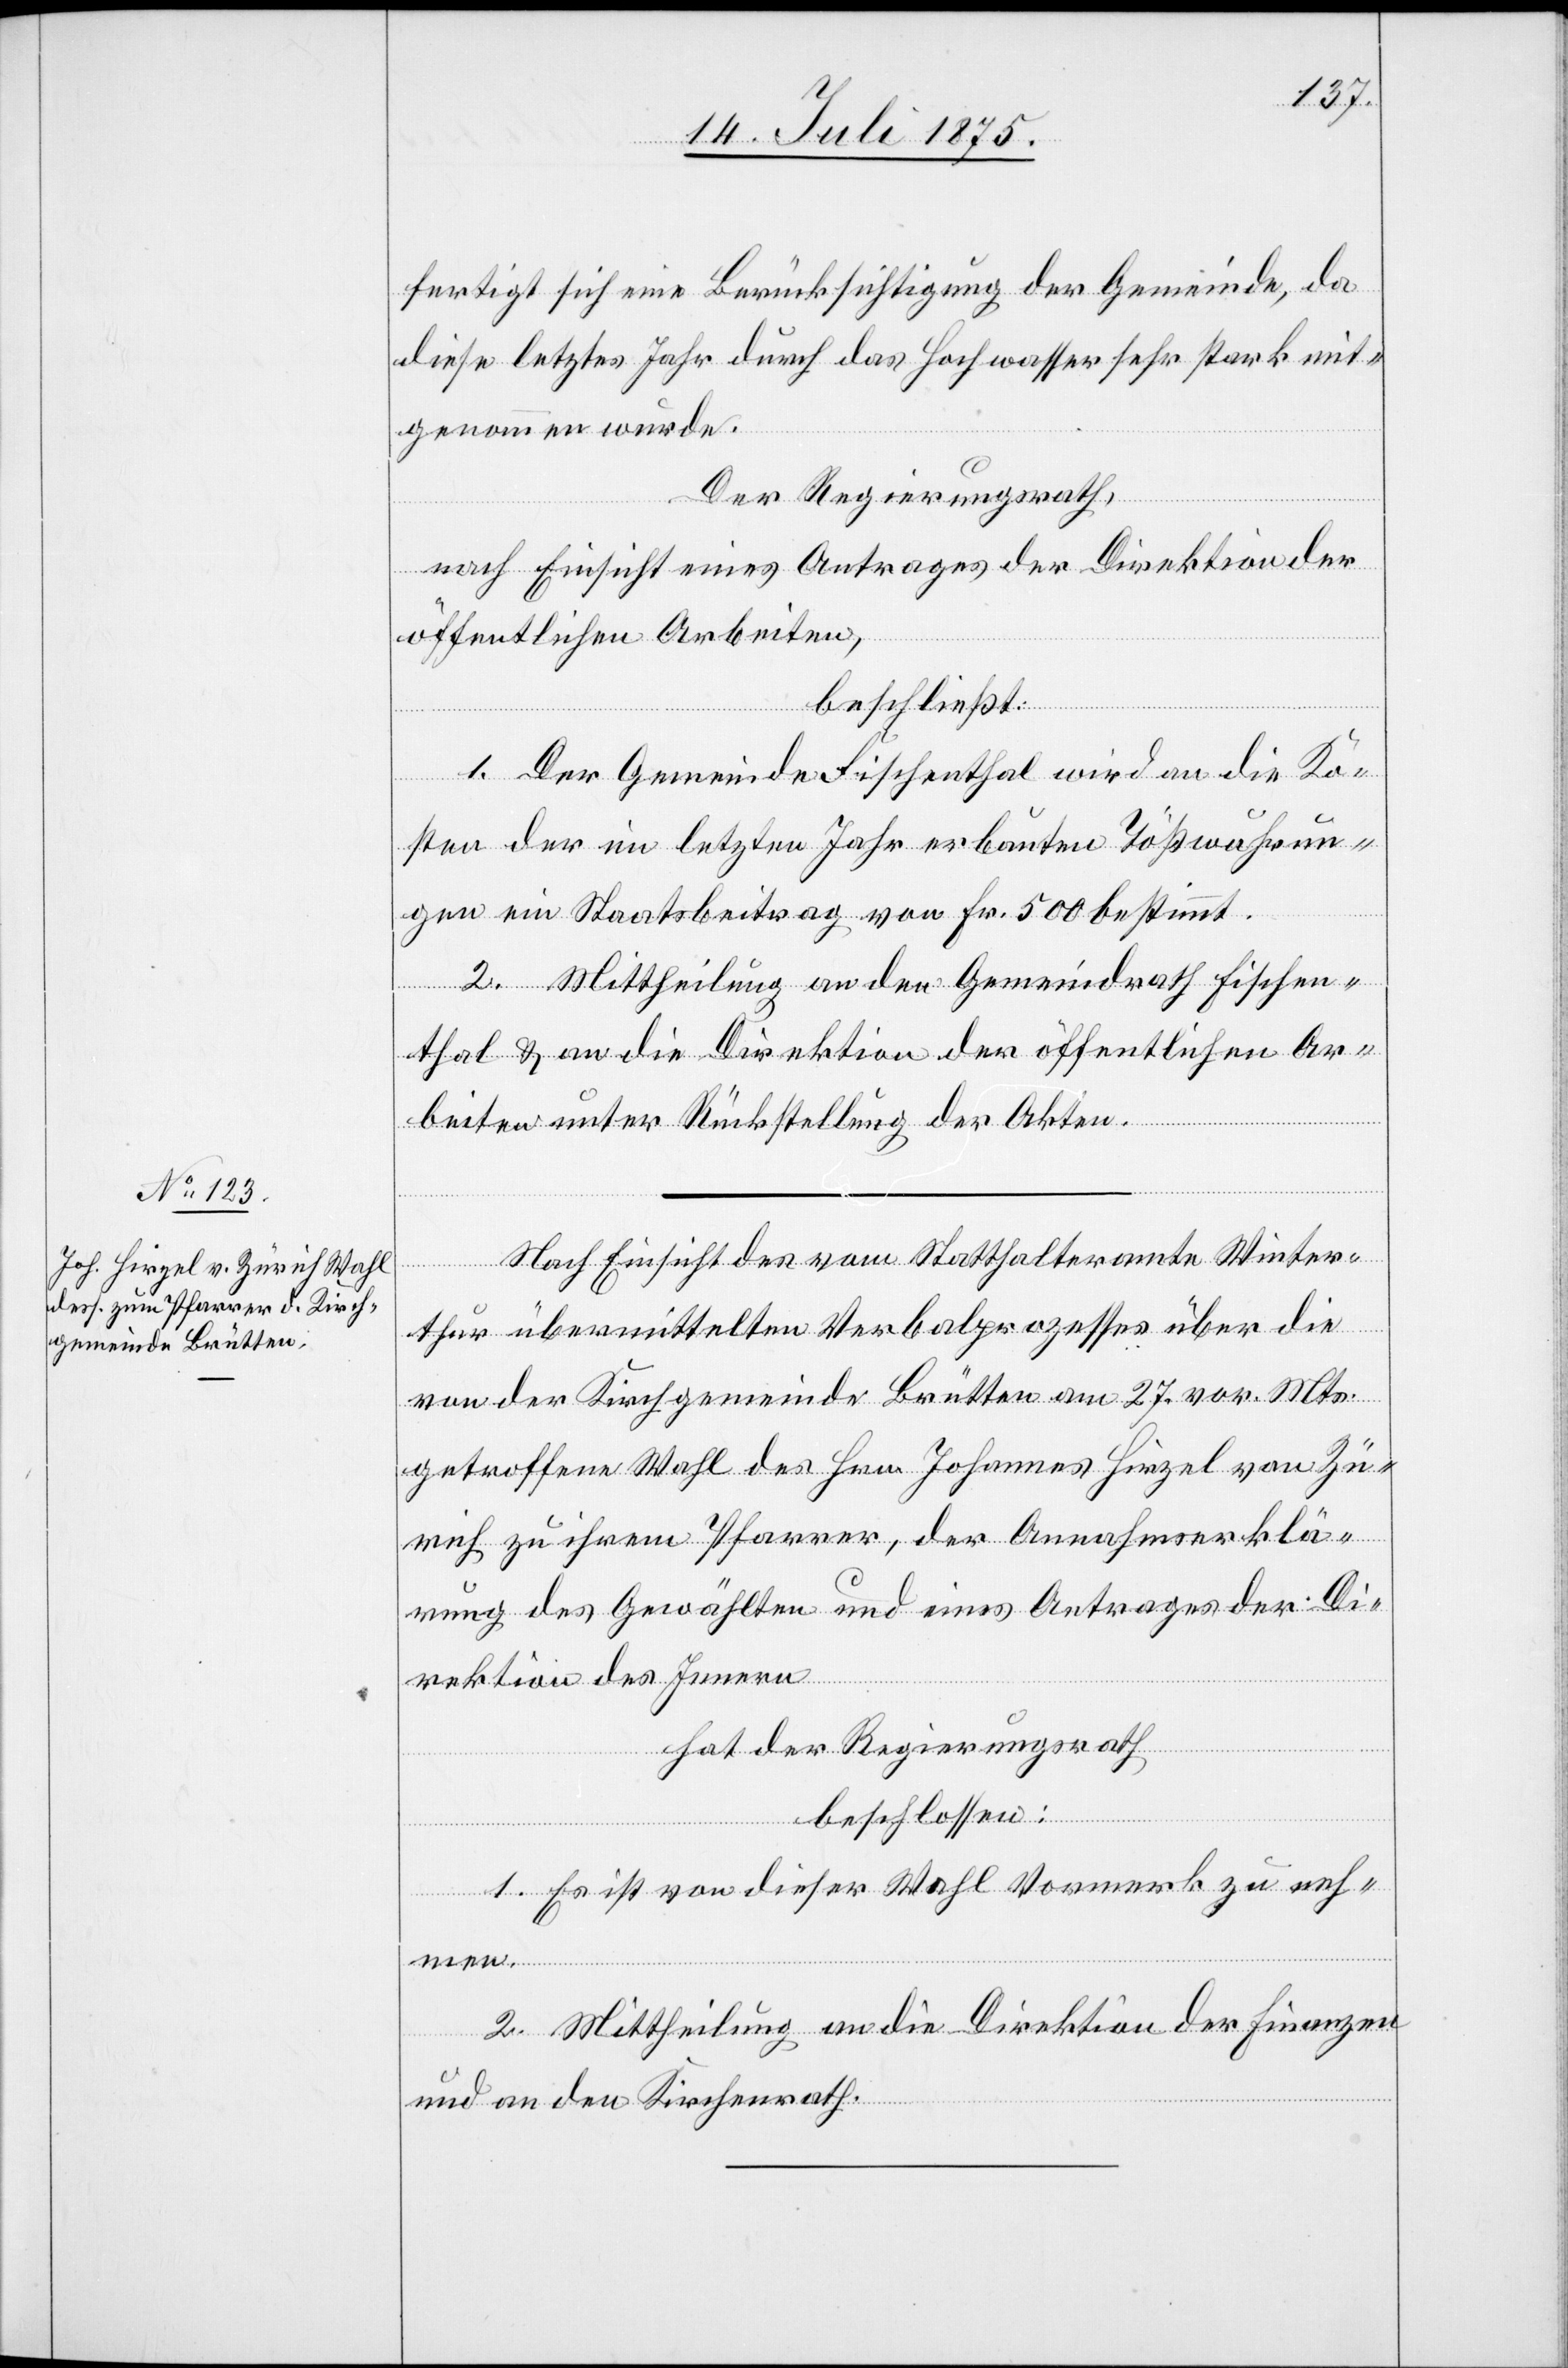
fertigt sich eine Berücksichtigung der Gemeinde, da
diese letztes Jahr durch das Hochwasser sehr stark mit¬
genommen wurde.
Der Regierungsrath,
nach Einsicht eines Antrages der Direktion der
öffentlichen Arbeiten,
beschließt:
1. Der Gemeinde Fischenthal wird an die Ko¬
sten der im letzten Jahr erbauten Tößwuhrun¬
gen ein Staatsbeitrag von Fr. 500 bestimmt.
2. Mittheilung an den Gemeindrath Fischen¬
thal & an die Direktion der öffentlichen Ar¬
beiten unter Rückstellung der Akten.
Nach Einsicht des vom Statthalteramte Winter¬
thur übermittelten Verbalprozesses über die
von der Kirchgemeinde Brütten am 27. vor. Mts.
getroffene Wahl des Hrn. Johannes Hirzel von Zü¬
rich zu ihrem Pfarrer, der Annahmeerklä¬
rung des Gewählten und eines Antrages der Di¬
rektion des Innern
hat der Regierungsrath
beschlossen:
1. Es ist von dieser Wahl Vormerk zu neh¬
men.
2. Mittheilung an die Direktion der Finanzen
und an den Kirchenrath.